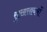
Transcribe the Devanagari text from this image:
सुखसाधनों